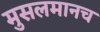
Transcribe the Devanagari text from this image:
मुसलमानच